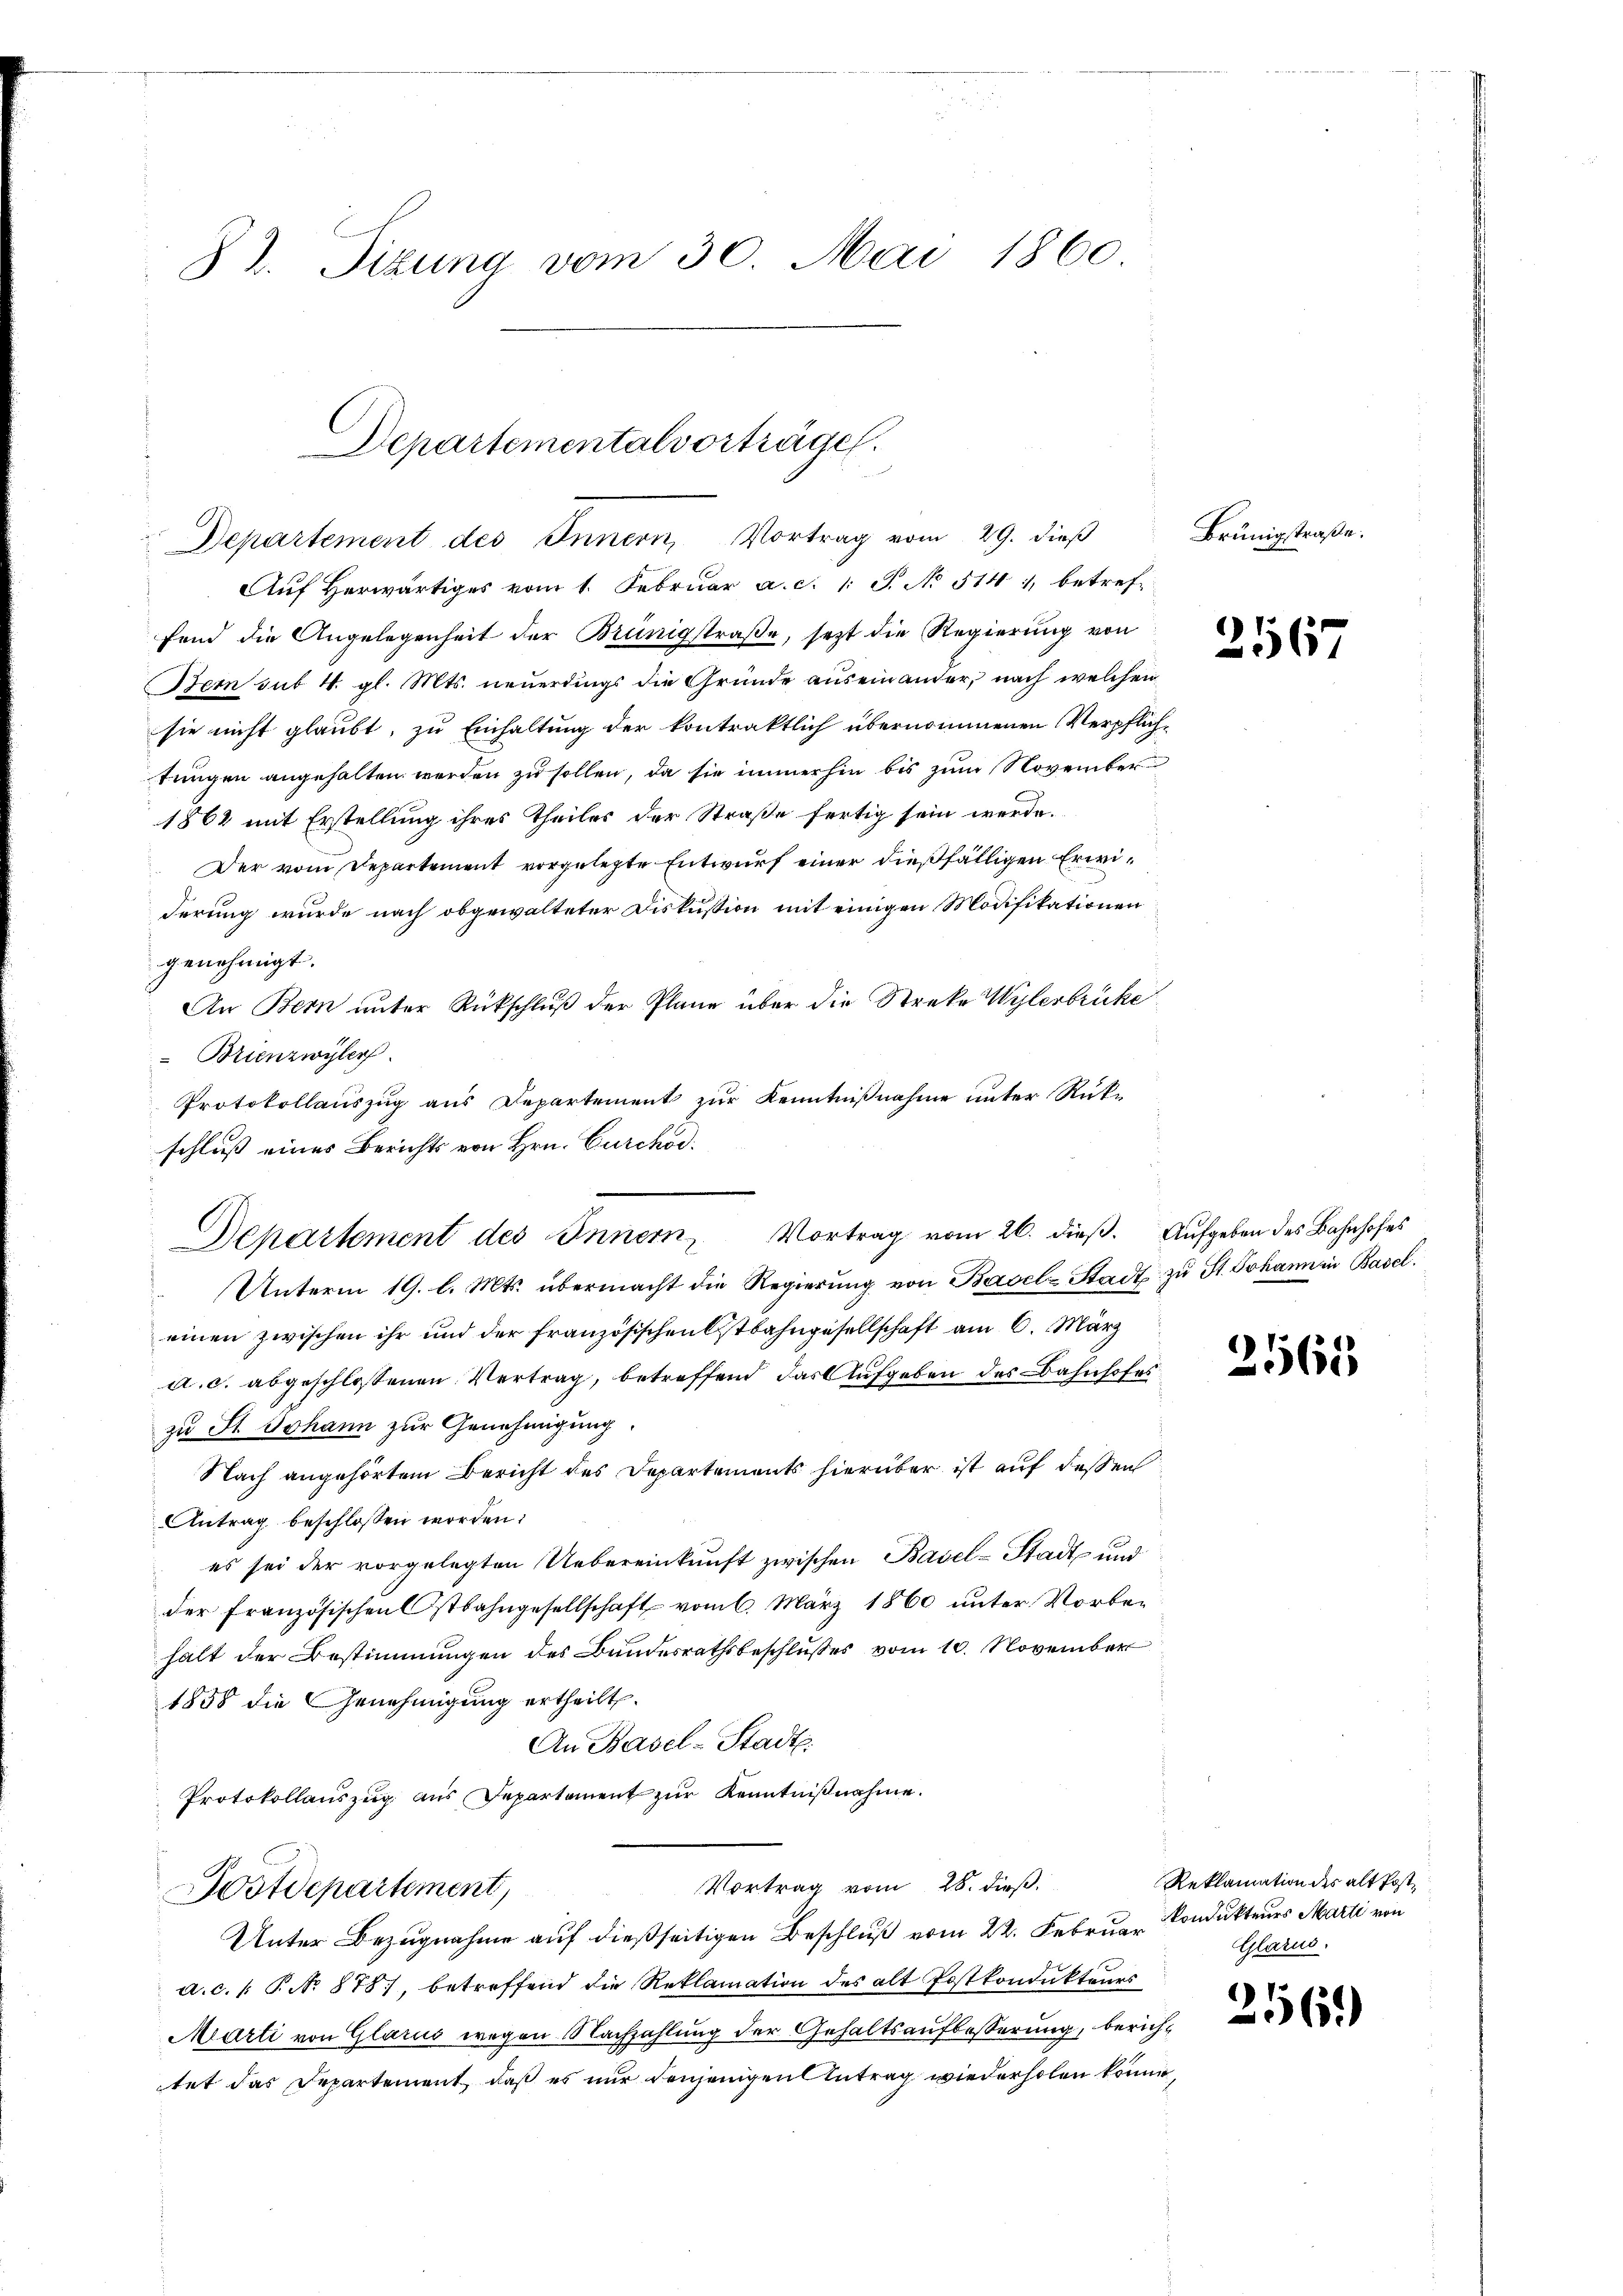
82. Sizung vom 30. Mai 1860

Auf herwärtiges vom 1. Februar a. c. 1 S. No 514 1, betreffend die Angelegenheit der Brünigstraße, sezt die Regierung von
Bem sub 4. gl. Mts. neuerdings die Gründe auseinander, nach welchen
sie nicht glaubt, zu Einhaltung der kontraktlich übernommenen Verpflichtungen angehalten werden zu sollen, da sie immerhin bis zum November
1862 mit Erstellung ihres Theiles der Straße fertig sein werde.
Der vom Departement vorgelegte Entwurf einer dießfälligen Erwiderung wurde nach obgewalteter Diskussion mit einigen Modifikationen
genehmigt.
An Bern unter Rückschluß der Plane über die Streke Wylerbrücke
 Brienzwyler
Protokollaŭszŭg aŭs Departement zŭr Kenntniβnahme unter Rükschluß eines Berichts von Hrn. Curchod
Unterm 19. l. Mts. übermacht die Regierŭng von Basel-Stadt zŭ St. Johann in Basel.
einen zwischen ihr und der französischen Ostbahngesellschaft am 6. März
a. c. abgeschlossenen Vertrag, betreffend das Aufgeben des Bahnhofes
zu St. Johann zur Genehmigung.
Nach angehörtem Bericht des Departements hierüber ist auf dessen
Antrag beschlossen worden:
es sei der vorgelegten Uebereinkunft zwischen Basel-Stadt und
der Französischen Ostbahngesellschaft vom 6. März 1860 unter Vorbe-
halt der Bestimmungen des Bundesrathsbeschlußes vom 10. November
1858 die Genehmigung ertheilt.
An Basel-Stadt.
Protokollauszug aus Departement zur Kenntnißnahme.
Vortrag vom 28. dieß
Postdepartement,
Unter Bezugnahme auf dießseitigen Beschluß vom 22. Februar
a.c. (T. No 878), betreffend die Reklamation des alt Postkondukteurs
Marti von Glarus wegen Nachzahlung der Gehaltsaufbesserung, berichtet das Departement, daß es nur denjenigen Antrag wiederholen könne,

Departement des Innern, Vortrag vom 26. dieß. Aufgeben des Bahnhofes

Departementalvorträge.
Departement des Innern, Vortrag vom 29. dieß

Brünigstraße.

2567

2565

Reklamation des alt Post¬
Konduktenes Marti von
Glarus.

256.)